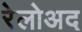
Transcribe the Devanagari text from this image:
रेलोअद